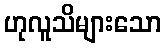
ဟုလူသိများသော